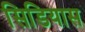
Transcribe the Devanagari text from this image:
सिडियास